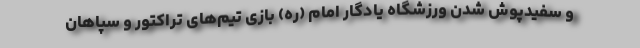
و سفیدپوش شدن ورزشگاه یادگار امام (ره) بازی تیم‌های تراکتور و سپاهان